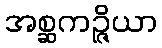
အစ္ဆကဉ္ဇိယာ